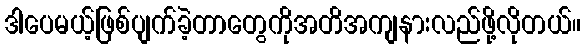
ဒါပေမယ့်ဖြစ်ပျက်ခဲ့တာတွေကိုအတိအကျနားလည်ဖို့လိုတယ်။